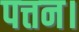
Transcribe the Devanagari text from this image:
पत्तन।